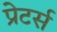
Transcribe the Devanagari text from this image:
प्रेटर्स